Civil Veterinary Dept. North-West Frontier Province 1933-46 - 1933-1946
Year: 1933
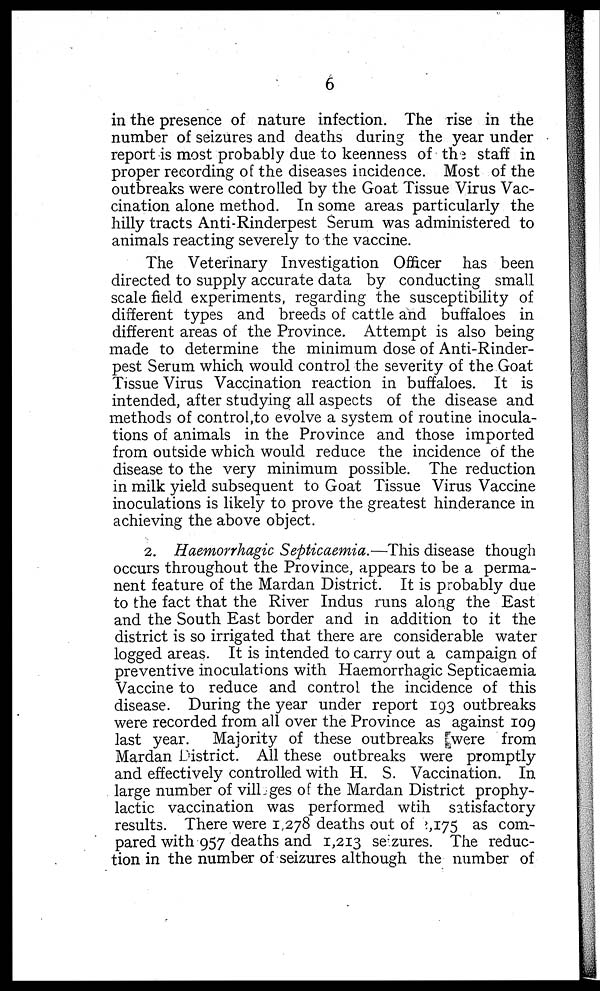
6
in the presence of nature infection. The rise in the
number of seizures and deaths during the year under
report is most probably due to keenness of the staff in
proper recording of the diseases incidence. Most of the
outbreaks were controlled by the Goat Tissue Virus Vac-
cination alone method. In some areas particularly the
hilly tracts Anti-Rinderpest Serum was administered to
animals reacting severely to the vaccine.
The Veterinary Investigation Officer has been
directed to supply accurate data by conducting small
scale field experiments, regarding the susceptibility of
different types and breeds of cattle and buffaloes in
different areas of the Province. Attempt is also being
made to determine the minimum dose of Anti-Rinder-
pest Serum which would control the severity of the Goat
Tissue Virus Vaccination reaction in buffaloes. It is
intended, after studying all aspects of the disease and
methods of control,to evolve a system of routine inocula-
tions of animals in the Province and those imported
from outside which would reduce the incidence of the
disease to the very minimum possible. The reduction
in milk yield subsequent to Goat Tissue Virus Vaccine
inoculations is likely to prove the greatest hinderance in
achieving the above object.
2. Haemorrhagic Septicaemia.—This disease though
occurs throughout the Province, appears to be a perma-
nent feature of the Mardan District. It is probably due
to the fact that the River Indus runs along the East
and the South East border and in addition to it the
district is so irrigated that there are considerable water
logged areas. It is intended to carry out a campaign of
preventive inoculations with Haemorrhagic Septicaemia
Vaccine to reduce and control the incidence of this
disease. During the year under report 193 outbreaks
were recorded from all over the Province as against 109
last year. Majority of these outbreaks were from
Mardan District. All these outbreaks were promptly
and effectively controlled with H. S. Vaccination. In
large number of vill ges of the Mardan District prophy-
lactic vaccination was performed wtih satisfactory
results. There were 1,278 deaths out of ,175 as com-
pared with 957 deaths and 1,213 se zures. The reduc-
tion in the number of seizures although the number of